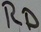
Text: RD